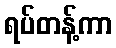
ရပ်တန့်ကာ